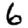
Digit: 6